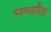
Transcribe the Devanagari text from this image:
पश्यन्नीश